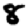
Digit: 8